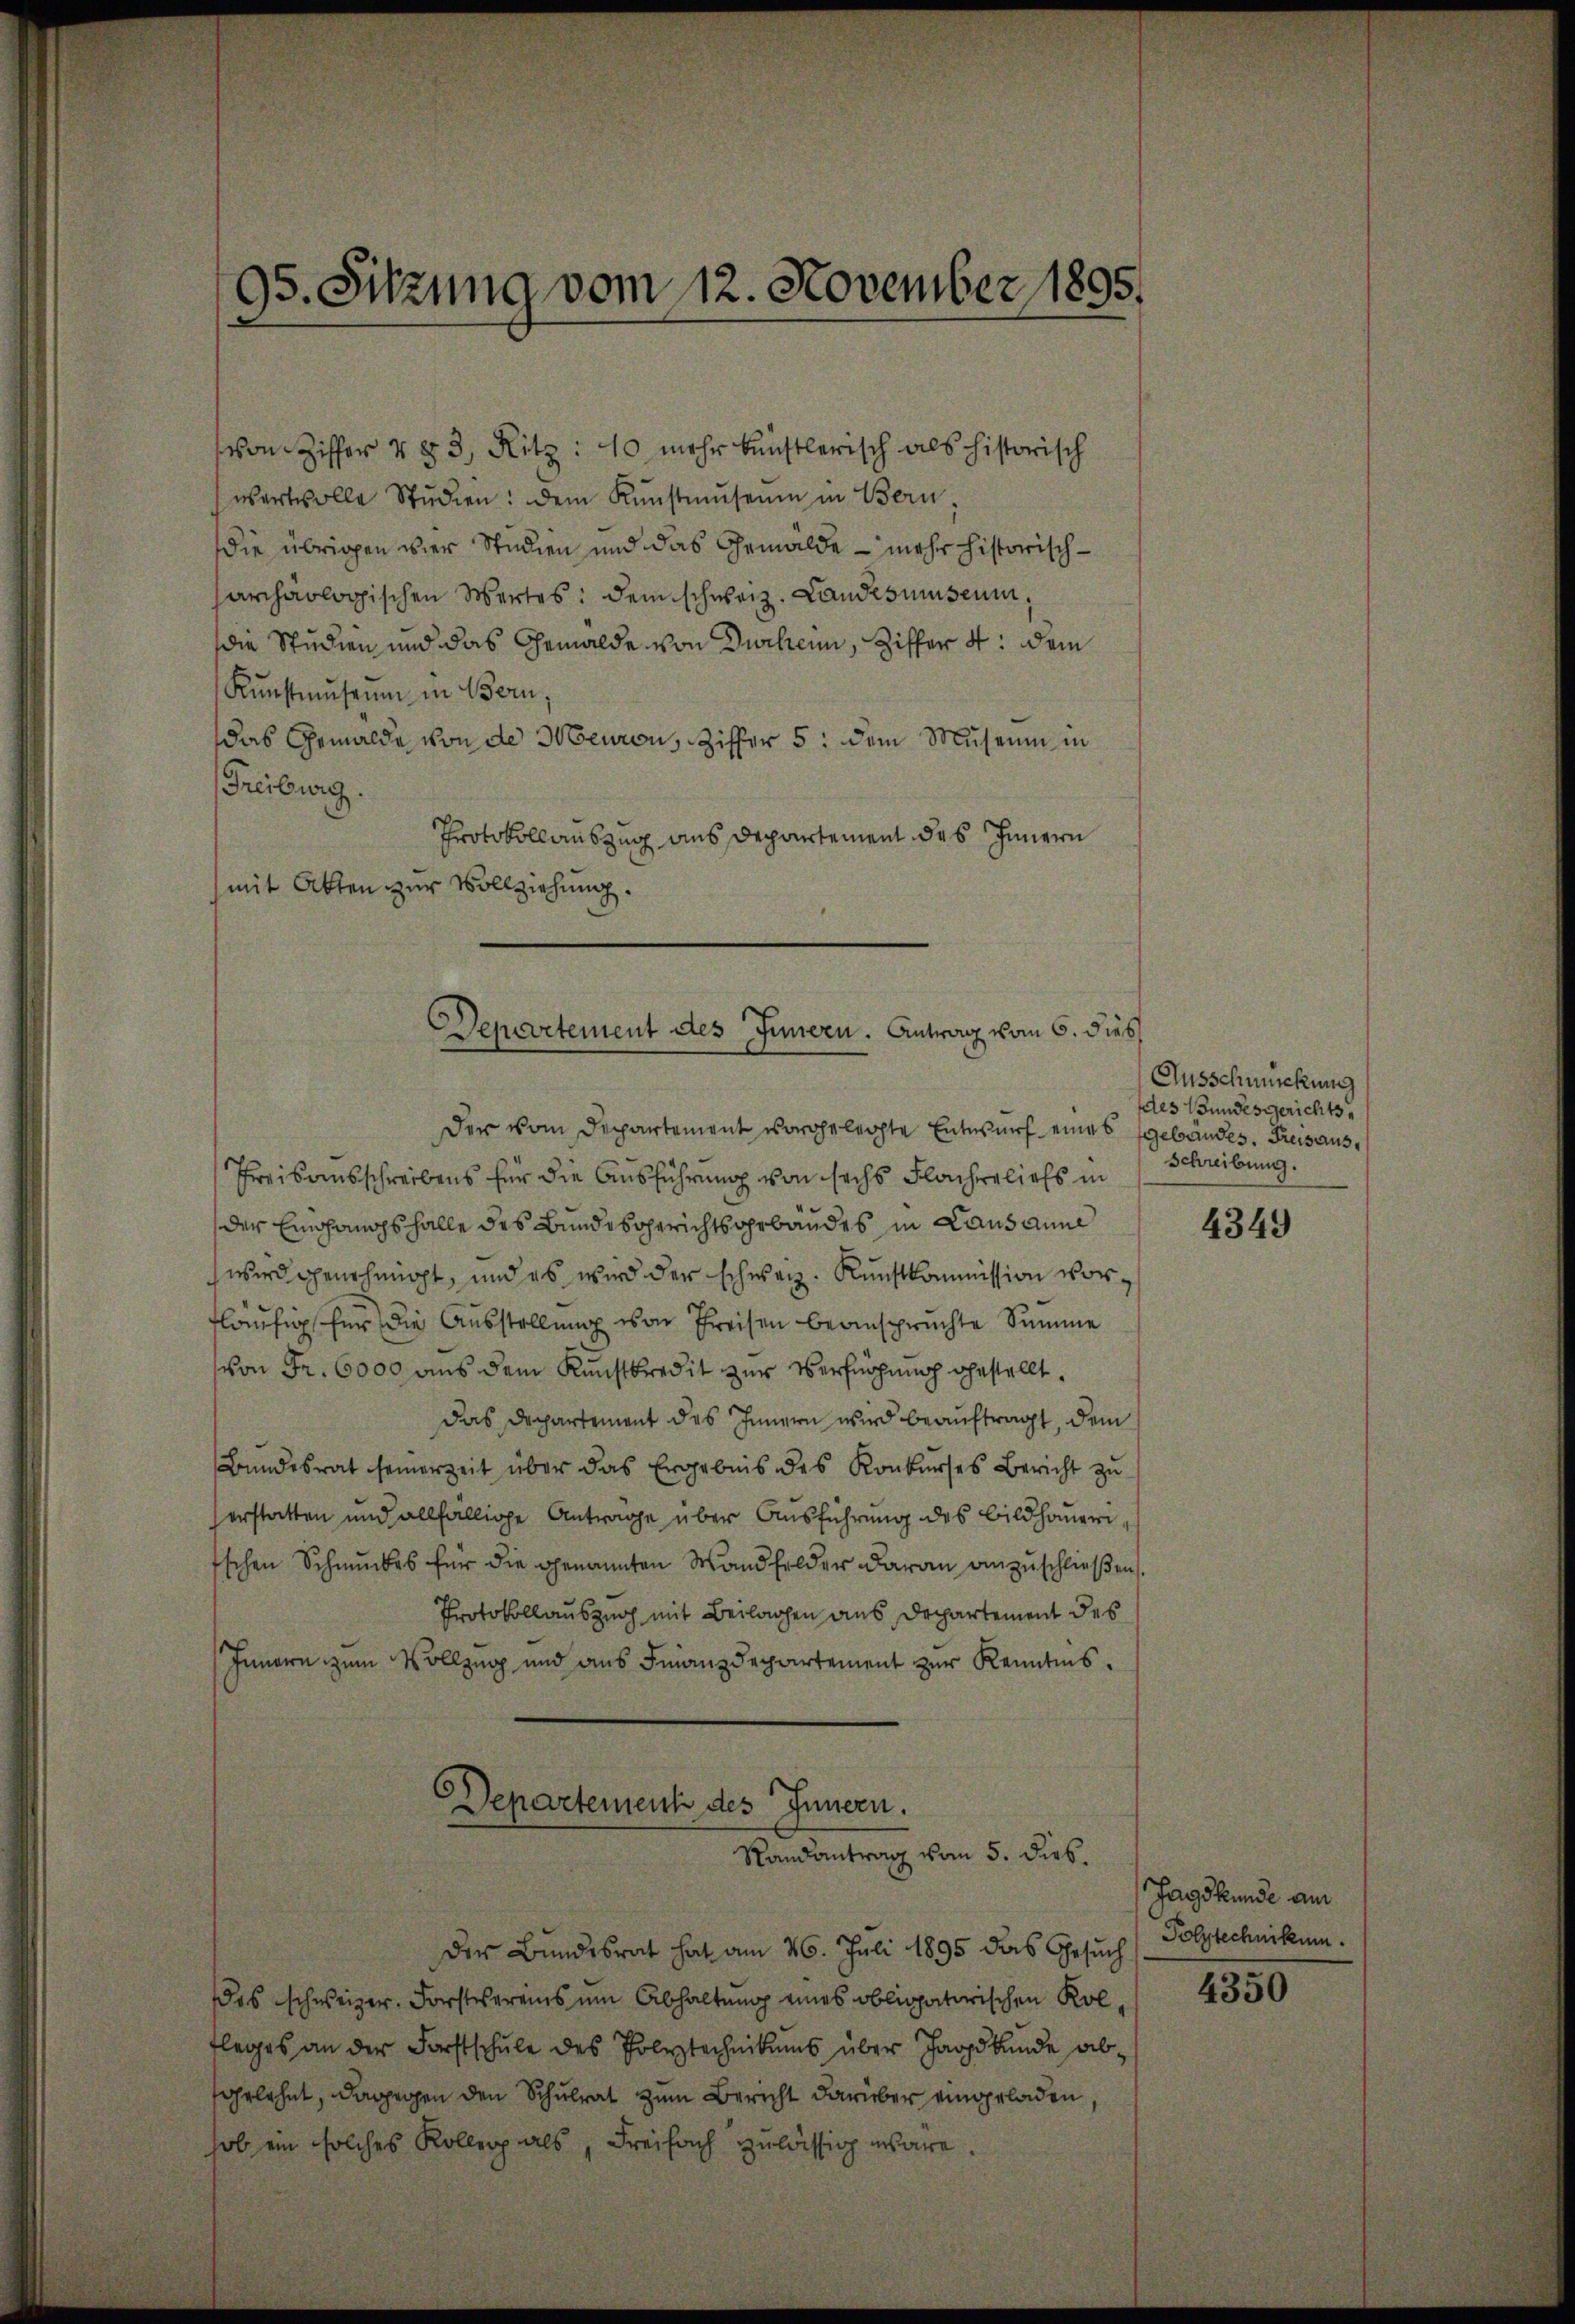
von Ziffer v 83, Ritz: 10 mehr künstlerisch als historisch
wertvolle Stŭdien: dem Kŭnstmuseum in Bern,
die übrigen vier Studien und das Gemälde – mehr historischsarchäologischen Wertes: dem schweiz. Landesmuseum,
die Studien und das Gemälde von Durchen, Ziffer 4: dem
Kŭnstmuseum in Bern,
das Gemälde von de Meuron, Ziffer 5. dem Museum in
Freiburg
Protokollauszug aus Departement des Innern
mit Akten zur Vollziehung.

95. Sitzung vom 12. November 1895.

Departement des Innern. Antrag vom 6. dies

Der vom Departement vorgelechte Entwurf eines Gebäudes. Freisaus¬
Preisausschreibens für die Ausführung von sechs Flacherliefs in
der Eingangsfalle des Bundesgerichtsgebäudes in Lausanne
wird genehmigt, und es wird der schweiz. Kunstkommission vorfläufig für die Ausstellung von Preisen beanspruchte Summe
von Fr. 6000 aus dem Kunstkredit zur Verfügung gestellt.
Das Departement des Innern wird beauftragt, dem
Bundesrat seinerzeit über das Ergebnis des Konkurses Bericht zu
erstatten und allfällige Antrage über Ausführung des Bildhameri
schen Schmuckes für die genannten Wandfelder daran anzuschließen
Protokollauszug mit Beilagen aus Departement des
Innern zum Vollzug und aus Finanzdepartement zur Kenntnis.

Departement des Innern.
Randantrag vom 5. dies.

Der Bundesrat hat am 26. Juli 1895 das Gesuch Polytechnikum.
das schweizer, Forstvereins um Abhaltung eines obligatorischen Kolfleges an der Forstschule des Polytechnikums über Jagdkunde abfgelehnt, dagegen den Schulrat zum Bericht darüber eingeladen
sob ein solches Kolleg als, Freifach zulässig wäre.

Ausschmückung
des Bundesgerichts¬
Schreibung.

4349

Jagskunde am

4350